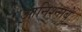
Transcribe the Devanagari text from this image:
आनिश्नाबे